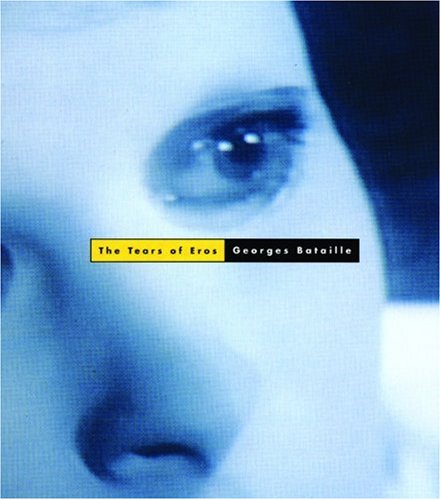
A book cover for The Tears of Eros; Georges Bataille; Gay & Lesbian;